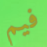
فيم